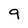
Character: 9